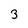
Character: 3